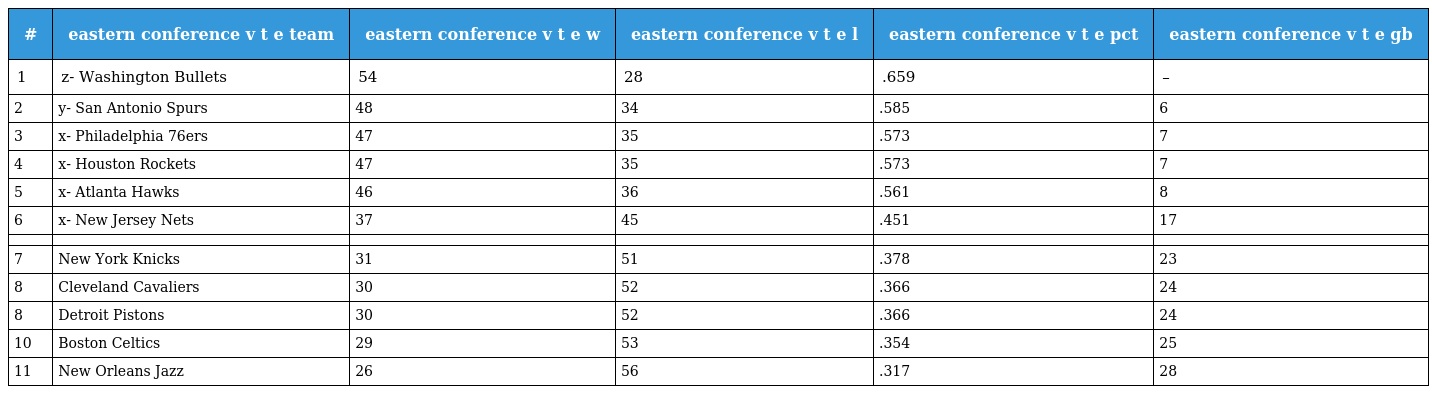
| # | eastern conference v t e team | eastern conference v t e w | eastern conference v t e l | eastern conference v t e pct | eastern conference v t e gb |
 | --- | --- | --- | --- | --- | --- |
 | 1 | z- Washington Bullets | 54 | 28 | .659 | – |
 | 2 | y- San Antonio Spurs | 48 | 34 | .585 | 6 |
 | 3 | x- Philadelphia 76ers | 47 | 35 | .573 | 7 |
 | 4 | x- Houston Rockets | 47 | 35 | .573 | 7 |
 | 5 | x- Atlanta Hawks | 46 | 36 | .561 | 8 |
 | 6 | x- New Jersey Nets | 37 | 45 | .451 | 17 |
 |  |  |  |  |  |  |
 | 7 | New York Knicks | 31 | 51 | .378 | 23 |
 | 8 | Cleveland Cavaliers | 30 | 52 | .366 | 24 |
 | 8 | Detroit Pistons | 30 | 52 | .366 | 24 |
 | 10 | Boston Celtics | 29 | 53 | .354 | 25 |
 | 11 | New Orleans Jazz | 26 | 56 | .317 | 28 |